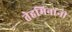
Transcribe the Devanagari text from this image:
तेहमिनांनी